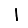
Digit: 1